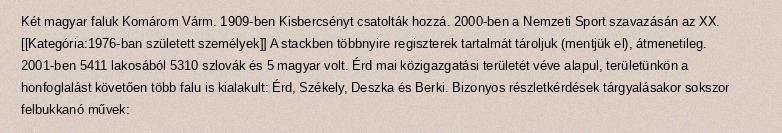
Két magyar faluk Komárom Várm. 1909-ben Kisbercsényt csatolták hozzá. 2000-ben a Nemzeti Sport szavazásán az XX. [[Kategória:1976-ban született személyek]] A stackben többnyire regiszterek tartalmát tároljuk (mentjük el), átmenetileg. 2001-ben 5411 lakosából 5310 szlovák és 5 magyar volt. Érd mai közigazgatási területét véve alapul, területünkön a honfoglalást követően több falu is kialakult: Érd, Székely, Deszka és Berki. Bizonyos részletkérdések tárgyalásakor sokszor felbukkanó művek: